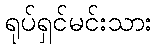
ရုပ်ရှင်မင်းသား